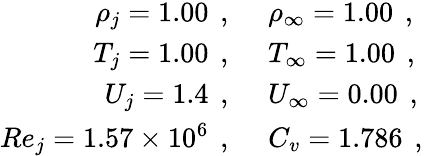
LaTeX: \begin{array}{rl}{\rho_{j}=1.00\, \mathrm{~,~}}&{{}\rho_{\infty}=1.00\, \mathrm{~,~}}\\ {T_{j}=1.00\, \mathrm{~,~}}&{{}T_{\infty}=1.00\, \mathrm{~,~}}\\ {U_{j}=1.4\, \mathrm{~,~}}&{{}U_{\infty}=0.00\, \mathrm{~,~}}\\ {Re_{j}=1.57\times 10^{6}\, \mathrm{~,~}}&{{}C_{v}=1.786\, \mathrm{~,~}}\end{array}